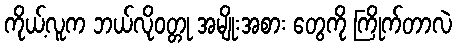
ကိုယ့်လူက ဘယ်လိုဝတ္တု အမျိုးအစား တွေကို ကြိုက်တာလဲ